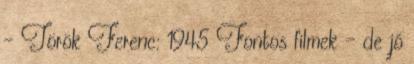
- Török Ferenc: 1945 Fontos filmek – de jó